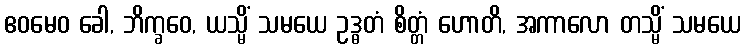
ဧဝမေဝ ခေါ, ဘိက္ခဝေ, ယသ္မိံ သမယေ ဥဒ္ဓတံ စိတ္တံ ဟောတိ, အကာလော တသ္မိံ သမယေ